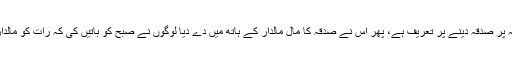
تیرے ہی لئے زانیہ پر صدقہ دینے پر تعریف ہے، پھر اس نے صدقہ کا مال مالدار کے ہاتھ میں دے دیا لوگوں نے صبح کو باتیں کی کہ رات کو مالدار پر صدقہ دیا گیا۔